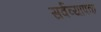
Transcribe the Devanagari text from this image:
सर्वव्‍यापक